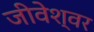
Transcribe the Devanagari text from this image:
जीवेश्वर